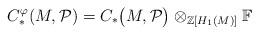
LaTeX: \begin{align*}C_*^{\varphi}(M,\mathcal{P})=C_*\big(M,\mathcal{P}\big)\otimes_{\mathbb{Z}[H_1(M)]} \mathbb{F}\end{align*}